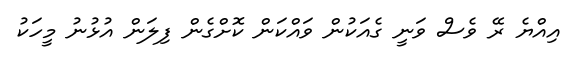
އިއްޔެ ރޭ ވެސް ވަނީ ގެއަކުން ވައްކަން ކޮށްގެން ފިލަން އުޅުނު މީހަކު